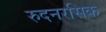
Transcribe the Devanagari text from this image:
रुदनरसिक